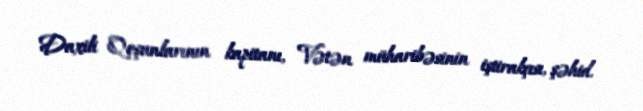
Daxili Qoşunlarının kapitanı, Vətən müharibəsinin iştirakçısı, şəhid.